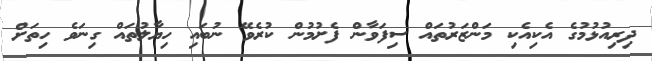
ދިރިއުޅުމުގެ އެކިއެކި މަންޒަރުތައް ސިފަވާން ފެށުމުން ކުރެވޭ ނުބައި ހިޔާލުތައް ގިނަވެ ހިތަށް